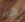
هه